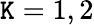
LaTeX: \mathtt{K}=1,2